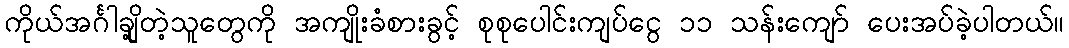
ကိုယ်အင်္ဂါချို့တဲ့သူတွေကို အကျိုးခံစားခွင့် စုစုပေါင်းကျပ်ငွေ ၁၁ သန်းကျော် ပေးအပ်ခဲ့ပါတယ်။